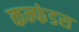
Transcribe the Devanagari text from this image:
कन्फंडस